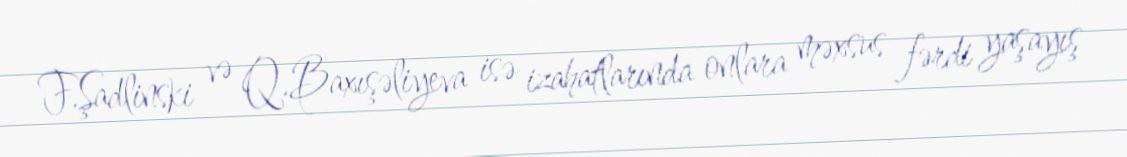
F.Şadlinski və Q.Baxışəliyeva isə izahatlarında onlara məxsus fərdi yaşayış